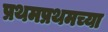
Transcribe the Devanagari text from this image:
प्रथमप्रथमच्या